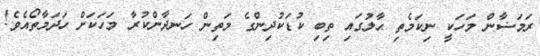
ރަމަޟާން މަހަކީ ނިކަމެތި ޙާލުގައި ތިބި ކުޑަކުދިންގެ މަތިން ހަނދާންކުރާ މަހަކަށް ހަދަމާތޯއެވެ!